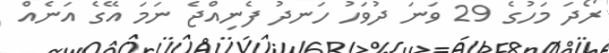
ރޯދަ މަހުގެ 29 ވަނަ ދުވަހު ހަނދު ފެނިއްޖެ ނަމަ އޭގެ އަނެއް